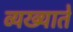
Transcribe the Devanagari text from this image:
व्यख्याते